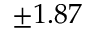
\pm 1 . 8 7